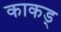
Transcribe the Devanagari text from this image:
काकड्